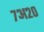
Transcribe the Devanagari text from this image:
७अ२०